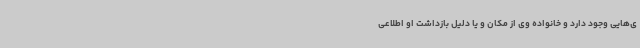
ی‌هایی وجود دارد و خانواده وی از مکان و یا دلیل بازداشت او اطلاعی